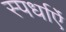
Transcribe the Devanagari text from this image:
स्पर्धाऐं